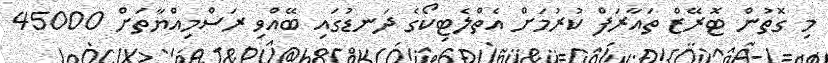
މި ގޮތުން ޓޮރޭޒް ތައާރަފް ކުރުމަށް އެތްލެޓިކޯގެ ދަނޑުގައި ބޭއްވި ރަސްމިއްޔާތަށް 45000